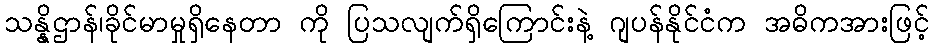
သန္နိဌာန်၊ခိုင်မာမှုရှိနေတာ ကို ပြသလျက်ရှိကြောင်းနဲ့ ဂျပန်နိုင်ငံက အဓိကအားဖြင့်